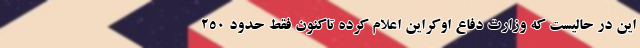
این در حالیست که وزارت دفاع اوکراین اعلام کرده تاکنون فقط حدود ۲۵۰